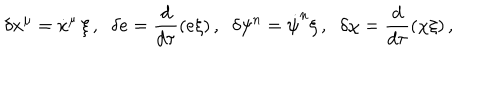
LaTeX: \delta x ^ { \mu } = \dot { x } ^ { \mu } \, \xi \, , \; \; \delta e = \frac { d } { d \tau } ( e \xi ) \, , \; \; \delta \psi ^ { n } = \dot { \psi } ^ { n } \xi \, , \; \; \delta \chi = \frac { d } { d \tau } ( \chi \xi ) \, ,